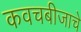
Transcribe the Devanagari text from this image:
कवचबीजाचे